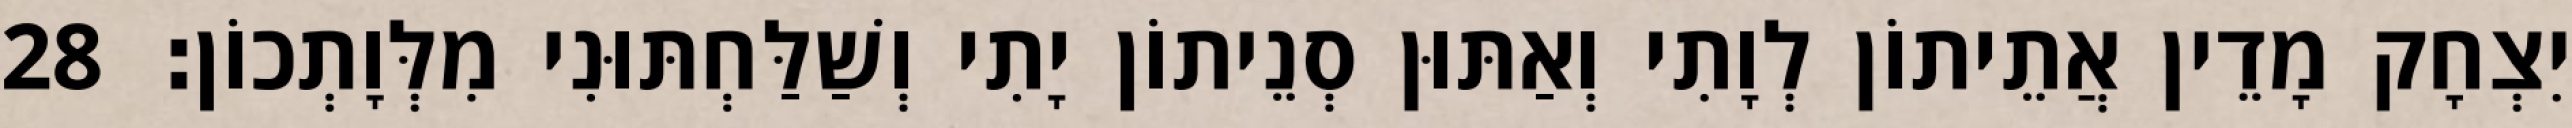
יִצְחָק מָדֵין אֲתֵיתוֹן לְוָתִי וְאַתּוּן סְנֵיתוֹן יָתִי וְשַׁלַּחְתּוּנִי מִלְּוָתְכוֹן׃ 28